Report of the Indian Hemp Drugs Commission, 1894-1895 - Volume I
Year: 1894
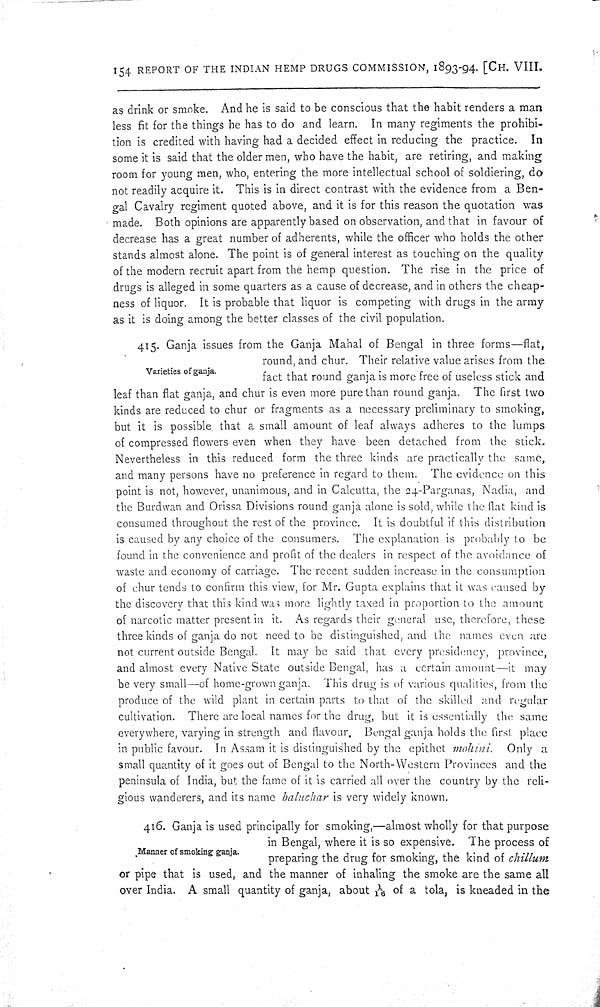
154 REPORT OF THE INDIAN HEMP DRUGS COMMISSION, 1893-94. [CH. VIII.
as drink or smoke. And he is said to be conscious that the habit renders a man
less fit for the things he has to do and learn. In many regiments the prohibi-
tion is credited with having had a decided effect in reducing the practice. In
some it is said that the older men, who have the habit, are retiring, and making
room for young men, who, entering the more intellectual school of soldiering, do
not readily acquire it. This is in direct contrast with the evidence from a Ben-
gal Cavalry regiment quoted above, and it is for this reason the quotation was
made. Both opinions are apparently based on observation, and that in favour of
decrease has a great number of adherents, while the officer who holds the other
stands almost alone. The point is of general interest as touching on the quality
of the modern recruit apart from the hemp question. The rise in the price of
drugs is alleged in some quarters as a cause of decrease, and in others the cheap-
ness of liquor. It is probable that liquor is competing with drugs in the army
as it is doing among the better classes of the civil population.
Varieties of ganja.
415. Ganja issues from the Ganja Mahal of Bengal in three forms—flat,
round, and chur. Their relative value arises from the
fact that round ganja is more free of useless stick and
leaf than flat ganja, and chur is even more pure than round ganja. The first two
kinds are reduced to chur or fragments as a necessary preliminary to smoking,
but it is possible that a small amount of leaf always adheres to the lumps
of compressed flowers even when they have been detached from the stick.
Nevertheless in this reduced form the three kinds are practically the same,
and many persons have no preference in regard to them. The evidence on this
point is not, however, unanimous, and in Calcutta, the 24-Parganas, Nadia, and
the Burdwan and Orissa Divisions round ganja alone is sold, while the flat kind is
consumed throughout the rest of the province. It is doubtful if this distribution
is caused by any choice of the consumers. The explanation is probably to be
found in the convenience and profit of the dealers in respect of the avoidance of
waste and economy of carriage. The recent sudden increase in the consumption
of chur tends to confirm this view, for Mr. Gupta explains that it was caused by
the discovery that this kind was more lightly taxed in proportion to the amount
of narcotic matter present in it. As regards their general use, therefore, these
three kinds of ganja do not need to be distinguished, and the names even are
not current outside Bengal. It may be said that every presidency, province,
and almost every Native State outside Bengal, has a certain amount—it may
be very small—of home-grown ganja. This drug is of various qualities, from the
produce of the wild plant in certain parts to that of the skilled and regular
cultivation. There are local names for the drug, but it is essentially the same
everywhere, varying in strength and flavour. Bengal ganja holds the first place
in public favour. In Assam it is distinguished by the epithet mohini. Only a
small quantity of it goes out of Bengal to the North-Western Provinces and the
peninsula of India, but the fame of it is carried all over the country by the reli-
gious wanderers, and its name baluchar is very widely known.
Manner of smoking ganja.
416. Ganja is used principally for smoking,—almost wholly for that purpose
in Bengal, where it is so expensive. The process of
preparing the drug for smoking, the kind of chillum
or pipe that is used, and the manner of inhaling the smoke are the same all
over India. A small quantity of ganja, about 1/16 of a tola, is kneaded in the